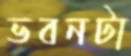
ভবনটা